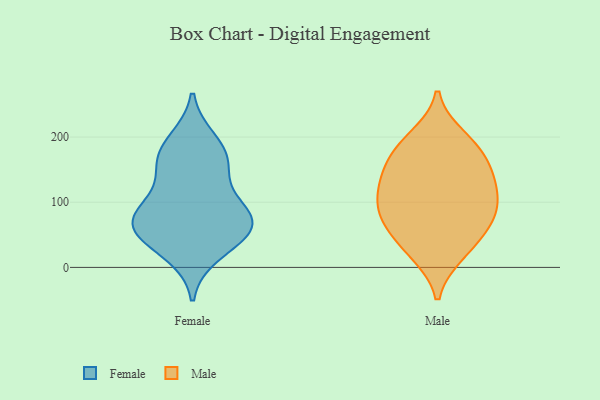
{"axis": {"x": "Satisfaction Score", "y": "Value"}, "legend": ["Female", "Male"], "data": [{"x": "", "y": 154, "type": "Female"}, {"x": "", "y": 158, "type": "Female"}, {"x": "", "y": 68, "type": "Female"}, {"x": "", "y": 176, "type": "Female"}, {"x": "", "y": 83, "type": "Female"}, {"x": "", "y": 22, "type": "Female"}, {"x": "", "y": 76, "type": "Female"}, {"x": "", "y": 194, "type": "Female"}, {"x": "", "y": 58, "type": "Female"}, {"x": "", "y": 45, "type": "Female"}, {"x": "", "y": 103, "type": "Female"}, {"x": "", "y": 64, "type": "Female"}, {"x": "", "y": 26, "type": "Male"}, {"x": "", "y": 186, "type": "Male"}, {"x": "", "y": 200, "type": "Male"}, {"x": "", "y": 133, "type": "Male"}, {"x": "", "y": 181, "type": "Male"}, {"x": "", "y": 136, "type": "Male"}, {"x": "", "y": 105, "type": "Male"}, {"x": "", "y": 60, "type": "Male"}, {"x": "", "y": 85, "type": "Male"}, {"x": "", "y": 92, "type": "Male"}, {"x": "", "y": 58, "type": "Male"}, {"x": "", "y": 21, "type": "Male"}, {"x": "", "y": 136, "type": "Male"}, {"x": "", "y": 87, "type": "Male"}, {"x": "", "y": 159, "type": "Male"}]}